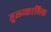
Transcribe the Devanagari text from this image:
तुल्य्कालिक